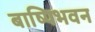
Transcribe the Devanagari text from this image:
बाष्पिभवन